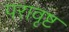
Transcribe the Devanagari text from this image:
परावृष्ट